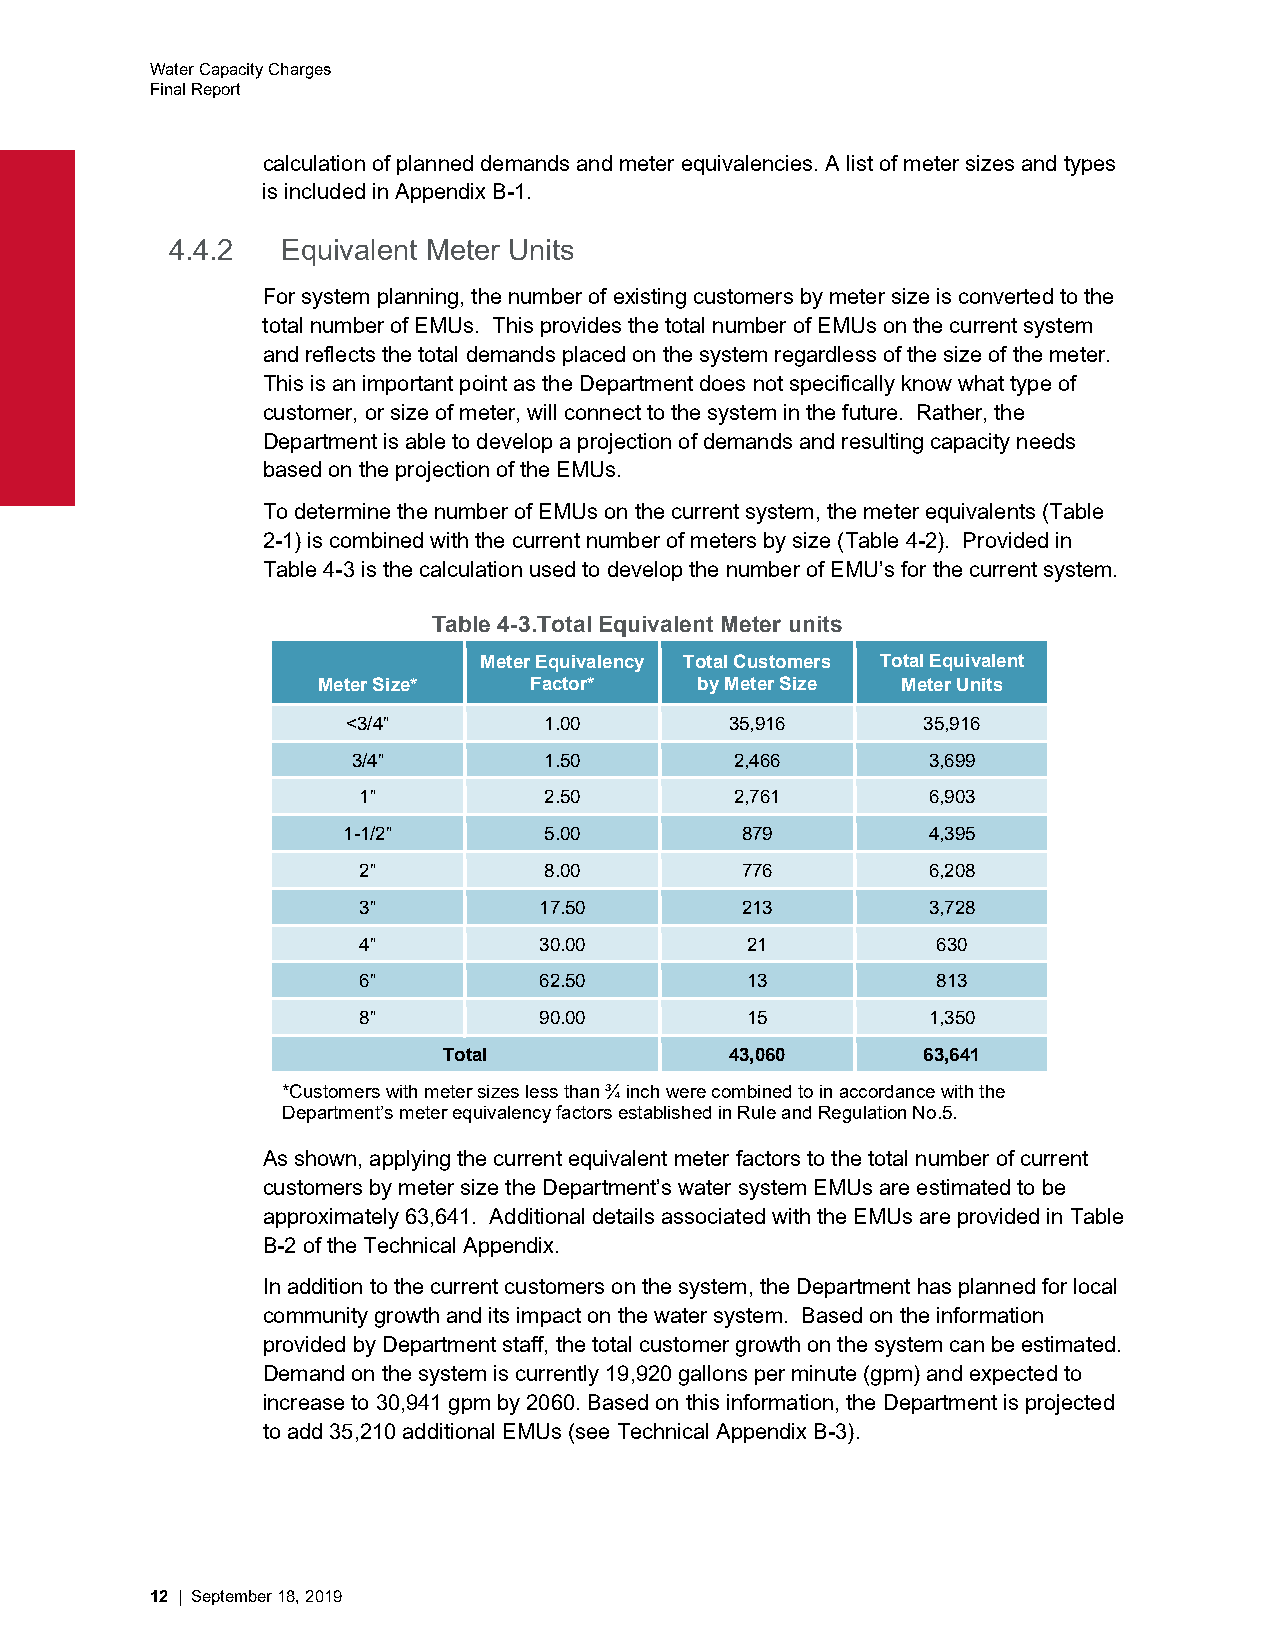
Water Capacity Charges
 Final Report
 calculation of planned demands and meter equivalencies. A list of meter sizes and types
 is included in Appendix B-1.
 4.4.2   Equivalent Meter Units
 For system planning, the number of existing customers by meter size is converted to the
 total number of EMUs. This provides the total number of EMUs on the current system
 and reflects the total demands placed on the system regardless of the size of the meter.
 This is an important point as the Department does not specifically know what type of
 customer, or size of meter, will connect to the system in the future. Rather, the
 Department is able to develop a projection of demands and resulting capacity needs
 based on the projection of the EMUs.
 To determine the number of EMUs on the current system, the meter equivalents (Table
 2-1) is combined with the current number of meters by size (Table 4-2). Provided in
 Table 4-3 is the calculation used to develop the number of EMU’s for the current system.
 Table 4-3.Total Equivalent Meter units
 Meter Equivalency Total Customers Total Equivalent
 Meter Size*   Factor*    by Meter Size Meter Units
 <3/4”        1.00        35,916       35,916
 3/4”         1.50         2,466       3,699
 1”          2.50         2,761       6,903
 1-1/2”       5.00         879         4,395
 2”          8.00         776         6,208
 3”          17.50        213         3,728
 4”          30.00        21           630
 6”          62.50        13           813
 8”          90.00        15          1,350
 Total              43,060       63,641
 *Customers with meter sizes less than ¾ inch were combined to in accordance with the
 Department’s meter equivalency factors established in Rule and Regulation No.5.
 As shown, applying the current equivalent meter factors to the total number of current
 customers by meter size the Department’s water system EMUs are estimated to be
 approximately 63,641. Additional details associated with the EMUs are provided in Table
 B-2 of the Technical Appendix.
 In addition to the current customers on the system, the Department has planned for local
 community growth and its impact on the water system. Based on the information
 provided by Department staff, the total customer growth on the system can be estimated.
 Demand on the system is currently 19,920 gallons per minute (gpm) and expected to
 increase to 30,941 gpm by 2060. Based on this information, the Department is projected
 to add 35,210 additional EMUs (see Technical Appendix B-3).
 12 | September 18, 2019